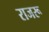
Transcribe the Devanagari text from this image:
राजरू